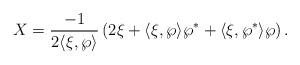
LaTeX: \begin{align*}X=\frac{-1}{2\langle\xi,\wp\rangle}\left(2\xi+\langle\xi,\wp\rangle\wp^*+\langle\xi,\wp^*\rangle\wp\right).\end{align*}